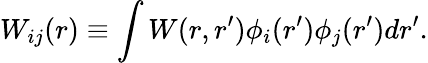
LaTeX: W_{ij}(r)\equiv\int W(r,r^{\prime})\phi_{i}(r^{\prime})\phi_{j}(r^{\prime})dr^{\prime}.